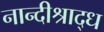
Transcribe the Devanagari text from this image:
नान्दीश्राद्ध